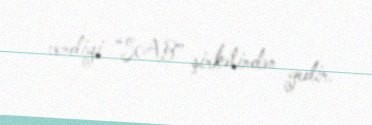
verdiyi “SAB” şirkətindən gedir.